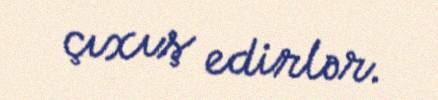
çıxış edirlər.